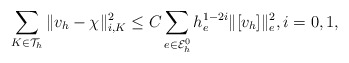
\begin{align*}\sum_{K\in \mathcal{T}_h}\|v_h-\chi\|_{i,K}^2 \leq C \sum_{e\in{\cal E}_h^0} h_e^{1-2i}\|[v_h]\|_e^2,i=0,1,\end{align*}